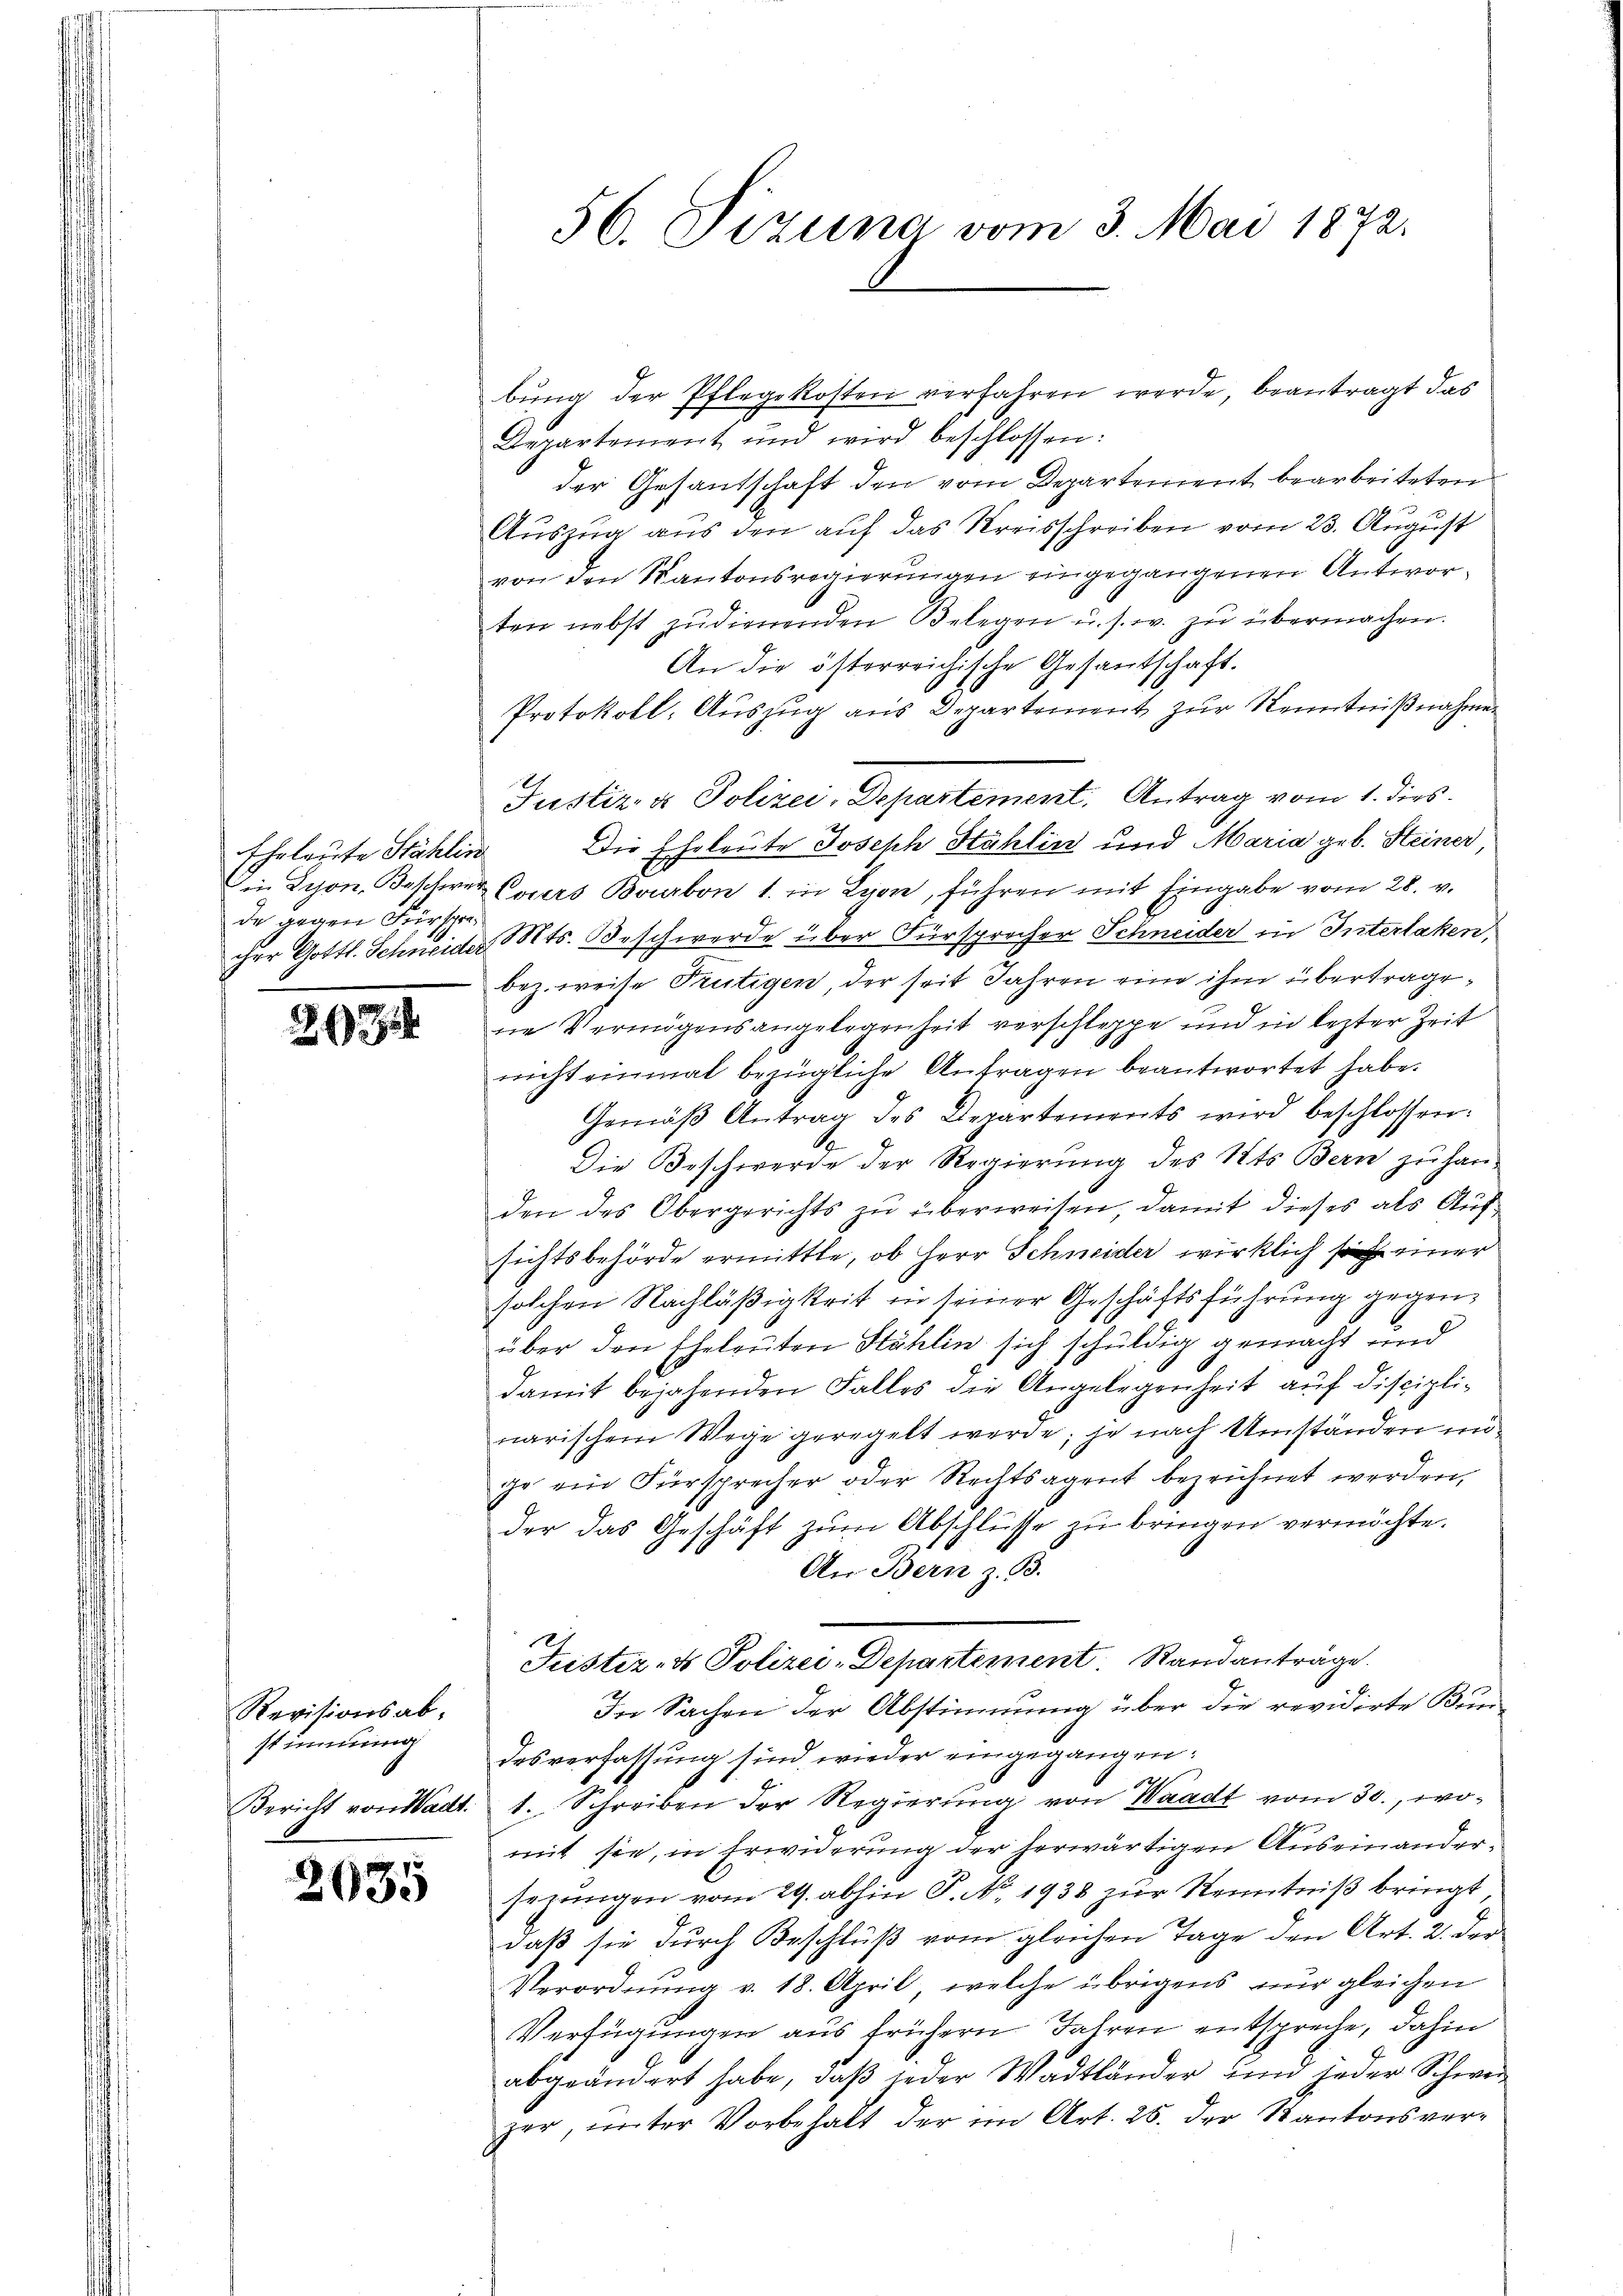
Ehrleute Stählen
de gegen Fürspre¬

234

Revisionsab-
stimmun

2635

56. Dizuna vom 3. Mai 1872.

bŭng der Pflegekosten verfahren werde, beantragt das
Departement und wird beschlossen:
der Gesantschaft den vom Departement bearbeiteten
Auszug aus den auf das Kreisschreiben vom 23. August
von den Kantonsregierungen eingegangenen Antworten nebst zudienenden Belegen u. s. w. zŭ übermachen.
An die österreichische Gesantschaft.
Protokoll, Auszug aus Departement zur Kenntnißnahme
Die Eheleute Joseph Stählin und Maria geb. Steiner,
Die Lyon, Beschwer Corers Bourbon 1. in Lage, führen mit Eingabe vom 28. v.
ihre Gottl. Schneider Mts. Beschwerde über Fürsprecher Schneider in Interlaken,
bez. weise Trütigen, der seit Jahren eine ihm übertragene Vermögensangelegenheit verschleppe und in lezter Zeit
nicht einmal bezügliche Anfragen beantwortet habe.
Gemäβ Antrag des Departements wird beschlossen:
Die Beschwerde der Regierung des Kts. Bern zu han-
den des Obergerichts zu überweisen, damit dieses als Aufsichtsbehörde ermittte, ob Herr Schneider wirklich so einer
solchen Nachläßigkeit in seiner Geschäftsführung gegenüber den Eheleuten Stählin sich schuldig gemacht und
damit bejahenden Falles die Angelegenheit auf disciplinarischem Wege geregelt werde; je nach Umständen unge ein Fürsprecher oder Rechtsagent bezeichnet werden,
der das Geschäft zŭm Abschlüsse zu bringen vermöchte.
An Bern z. B.
Justiz- & Polizei-Departement. Standanträge.
In Sachen der Abstimmung über die revidirte Bundesverfassung sind wieder eingegangen:
Bericht von Sadt. 1. Schreiben der Regierung von Waadt vom 30., womit sie, in Erwiderung der herwärtigen Auseinandersezungen vom 29. abhin P. No. 1938 zur Kenntniß bringt
daß sie durch Beschluß vom gleichen Tage den Art. 2. der
Verordnung v. 18. April, welche übrigens nur gleichen
Verfügungen aus frühern Jahren entspreche, dahin
abgeändert habe, daß jeder Wadtländer und jeder Schwerzer, unter Vorbehalt der im Art. 25. der Kantonsver¬

Justiz- & Polizei: Departement. Antrag vom 1. dies